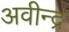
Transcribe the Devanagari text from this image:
अवीन्द्र